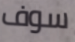
سوف